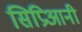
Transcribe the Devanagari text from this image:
सिप्रिआनी